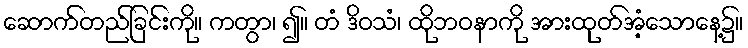
ဆောက်တည်ခြင်းကို။ ကတွာ၊ ၍။ တံ ဒိဝသံ၊ ထိုဘဝနာကို အားထုတ်အံ့သောနေ့၌။